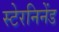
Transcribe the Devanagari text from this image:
स्टेरनिनेंड